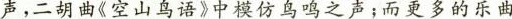
声，二胡曲《空山鸟语》中模仿鸟鸣之声；而更多的乐曲